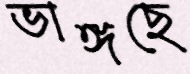
ভাঙ্গছে